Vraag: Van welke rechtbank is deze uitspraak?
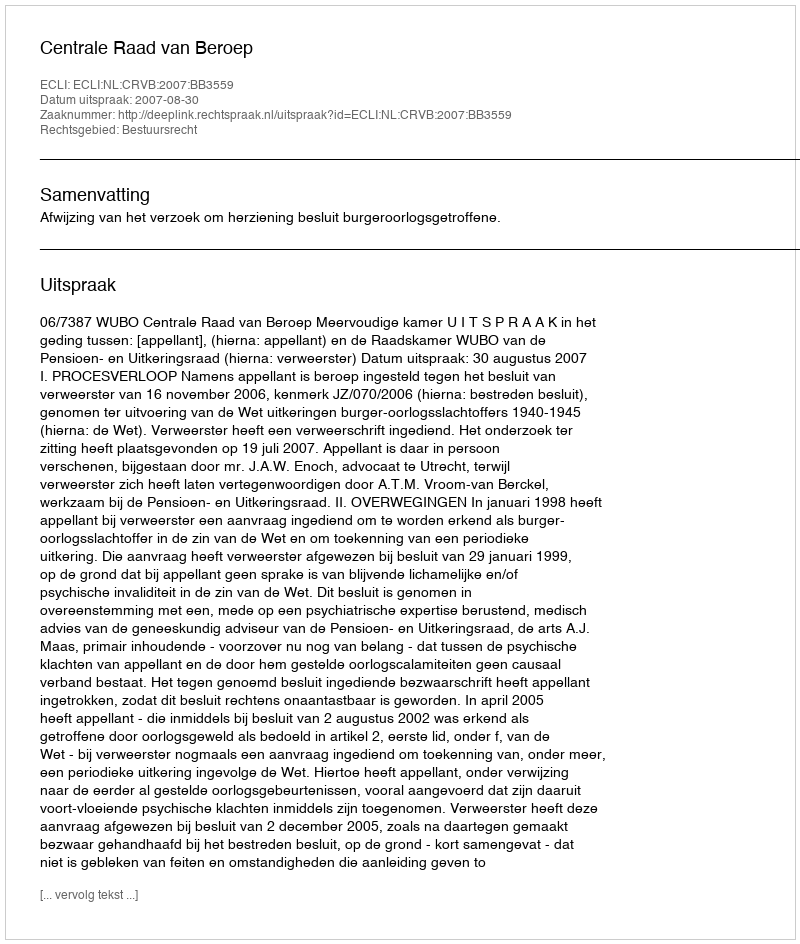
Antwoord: Centrale Raad van Beroep